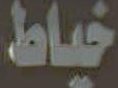
خياط